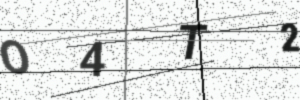
Text: O4T2